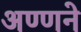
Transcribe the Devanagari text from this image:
अण्णने